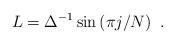
LaTeX: \begin{align*} L=\Delta^{-1}\sin\left(\pi j/N \right)~.\end{align*}